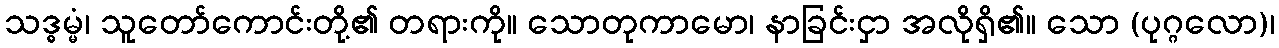
သဒ္ဓမ္မံ၊ သူတော်ကောင်းတို့၏ တရားကို။ သောတုကာမော၊ နာခြင်းငှာ အလိုရှိ၏။ သော (ပုဂ္ဂလော)၊